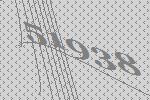
51938